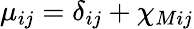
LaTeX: \mu_{ij}=\delta_{ij}+\chi_{Mij}